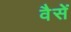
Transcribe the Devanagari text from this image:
वैसें